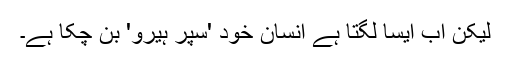
لیکن اب ایسا لگتا ہے انسان خود 'سپر ہیرو' بن چکا ہے۔